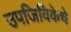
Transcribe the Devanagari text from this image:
उपजिविकेचे